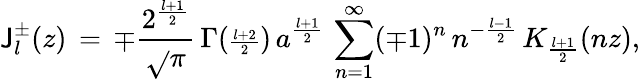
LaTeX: {\cal\mathsf{J}}_{l}^{\pm}(z)\, =\, \mp\frac{{2^{\frac{{l+1}}{{2}}}}}{{\sqrt{}{{\pi}}}}\, {\Gamma}({\scriptstyle\frac{{l+2}}{{2}}})\, a^{\frac{{l+1}}{{2}}}\, \sum_{n=1}^{\infty}(\mp1)^{n}\, n^{-\frac{{l-1}}{{2}}}\, K_{\frac{{l+1}}{{2}}}(nz),